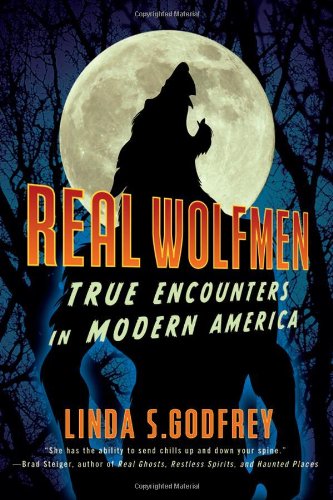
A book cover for Real Wolfmen: True Encounters in Modern America; Linda S. Godfrey; Religion & Spirituality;